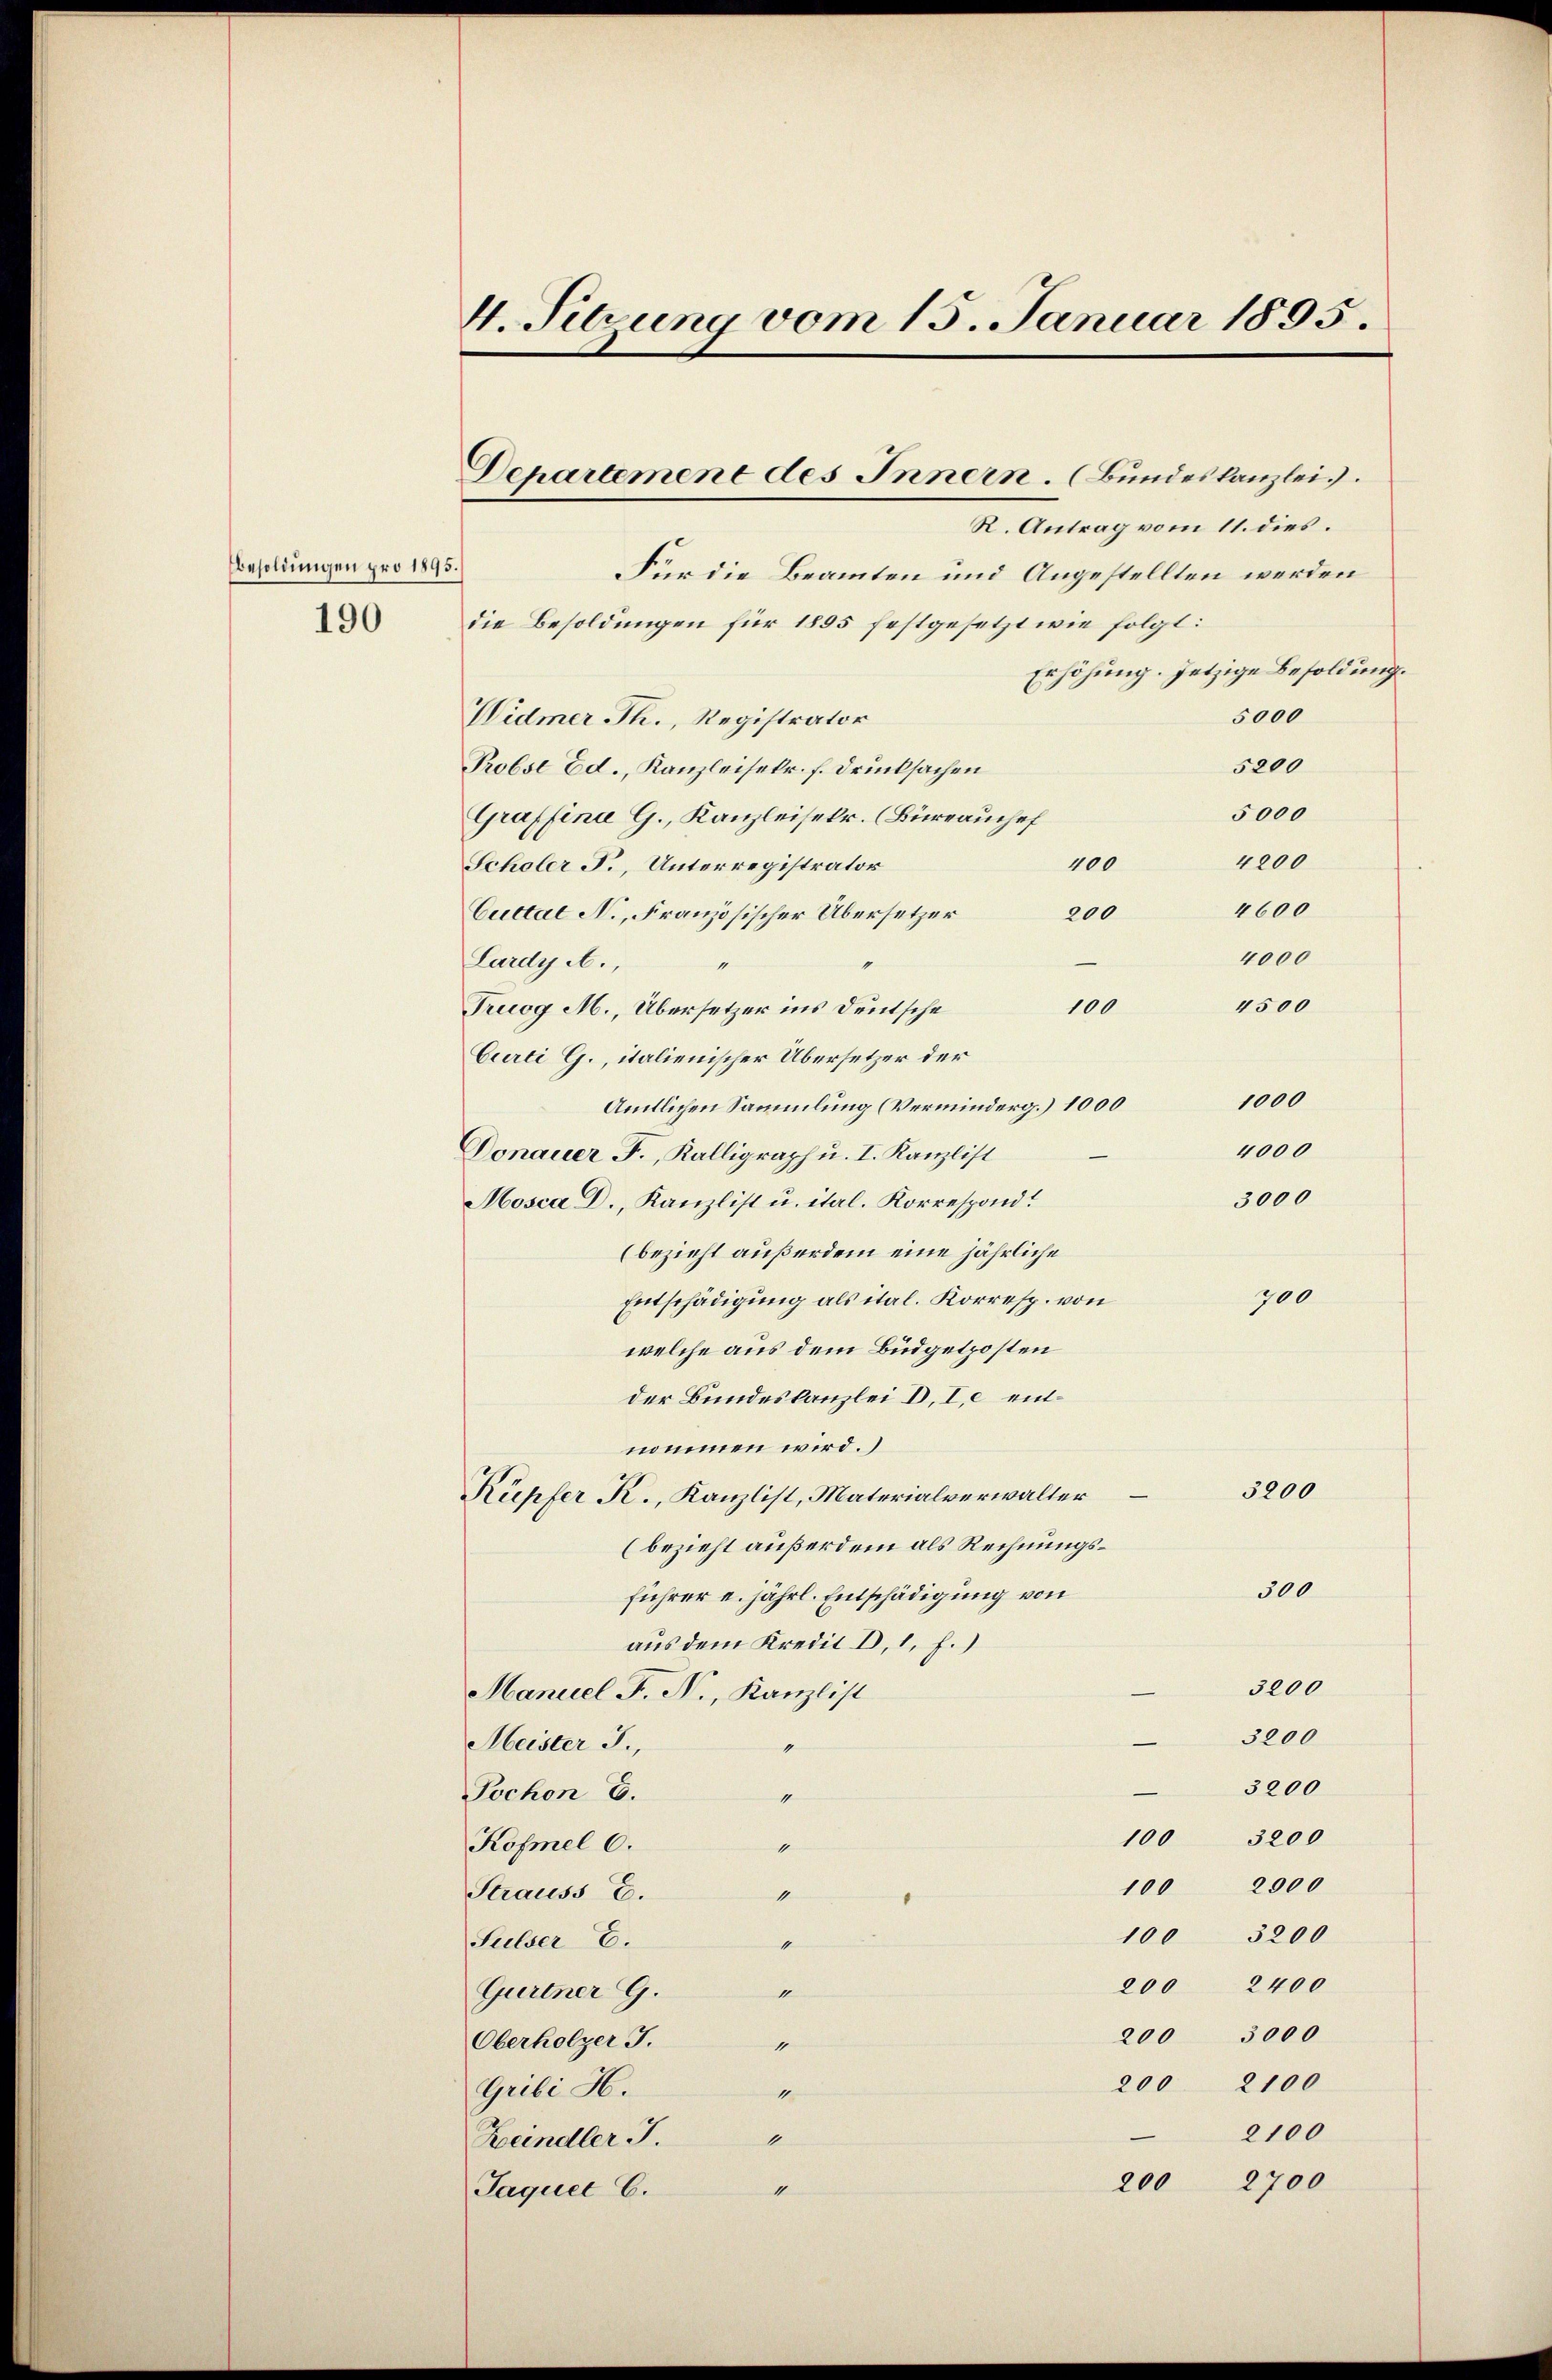
Besoldungen pro 1895.
190

R. Antrag vom 11. dies
Für die Beamten und Angestellten werden
die Besoldungen für 1855 festgesetzt wie folgt:
Erhöhung. Jetzige Besoldung
5000
Widmer Th., Registrator
5200
Probse Ed., Kanzleiselr. f. Drucksachen
5000
Graffina G., Kanzleisekr. (Büreauchef
4200
100
Scholer F., Unterregistrator
1600
200
Cuttat N., Französischer Übersetzer
1000
Lardy A.,
1
4500
100
Truog M., Übersetzer ins Deutsche
Curti G., italienischer Übersetzer der
1000
Amtlichen Sammlung (Verminderg.) 1000
4000
Donauer F., Kalligraph u. I. Kanzlist
3000
Mosca D., Kanzlist u. ital. Korrespond
(bezieht außerdem eine jährliche
700
Entschädigung als ital. Korresp. von
welche aus dem Büdgetposten
der Bundeskanzlei D.I,e entnommen wird.
3200
Kupfer K., Kanzlist, Materialverwalter
(bezieht außerdem als Rechnungs¬
300
führer u. jährl. Entschädigung von
aus dem Kredit D. 1. f.)
3200
Manuel F. N., Kanzlist
3200
Meister J.,
“
3200
Tochon 6.
4
100 3200
Kofmel 6.
4
100 2900
Strauss E.
1
100 3200
Sulser E.
1
200 2400
Gurtner G.
1
200 3000
Oberholzer J.
1
200 2100
Gribi H.
1
2100
1
Beindler J.
200 2700
Jaquet C.
1

4. Sehrung vom 15. Januar 1895.

Departement des Innern. (Bundeskanzlei.).